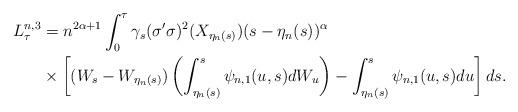
LaTeX: \begin{align*} L^{n,3}_\tau &= n^{2\alpha+ 1}\int^{\tau}_0\gamma_s (\sigma'\sigma)^2(X_{\eta_n(s)}) (s-\eta_n(s))^\alpha\\ & \times \left[ (W_s-W_{\eta_n(s)}) \left( \int_{\eta_n(s)}^s \psi_{n,1}(u,s) dW_u \right) -\int_{\eta_n(s)}^s \psi_{n ,1}(u,s) du \right] ds.\end{align*}